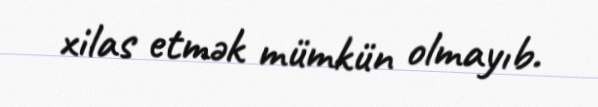
xilas etmək mümkün olmayıb.